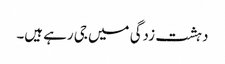
دہشت زدگی میں جی رہے ہیں۔